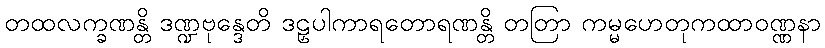
တထလက္ခဏန္တိ ဒဏ္ဍဗုန္ဒေတိ ဒဠှပါကာရတောရဏန္တိ တတြာ ကမ္မဟေတုကထာဝဏ္ဏနာ